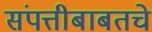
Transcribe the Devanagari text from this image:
संपत्तीबाबतचे